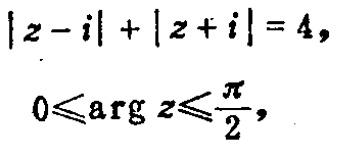
\(
\begin{align*}
|z - i|+|z + i|&=4,\\
0\leqslant\arg z&\leqslant\frac{\pi}{2},
\end{align*}
\)